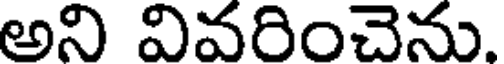
అని వివరించెను.